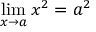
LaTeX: \operatorname* { l i m } _ { x \to a } x ^ { 2 } = a ^ { 2 }